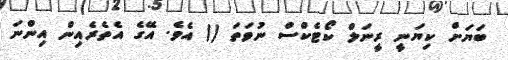
ބަޔަށް ކިޔަނީ ރީނަލް ކޯޓެކްސް ނުވަތަ () އެވެ. އޭގެ އެތެރެއިން އިންނަ